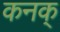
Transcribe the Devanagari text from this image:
कनक्